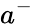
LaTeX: a^{-}